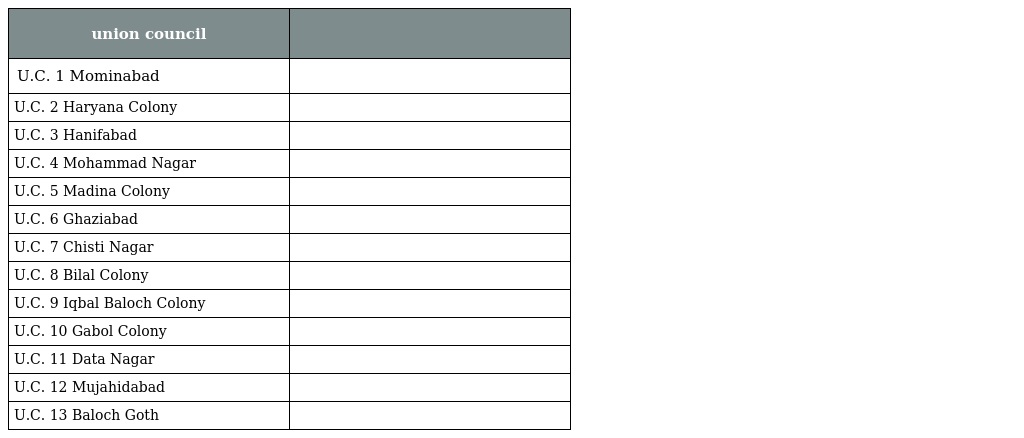
| union council |  |
 | --- | --- |
 | U.C. 1 Mominabad |  |
 | U.C. 2 Haryana Colony |  |
 | U.C. 3 Hanifabad |  |
 | U.C. 4 Mohammad Nagar |  |
 | U.C. 5 Madina Colony |  |
 | U.C. 6 Ghaziabad |  |
 | U.C. 7 Chisti Nagar |  |
 | U.C. 8 Bilal Colony |  |
 | U.C. 9 Iqbal Baloch Colony |  |
 | U.C. 10 Gabol Colony |  |
 | U.C. 11 Data Nagar |  |
 | U.C. 12 Mujahidabad |  |
 | U.C. 13 Baloch Goth |  |